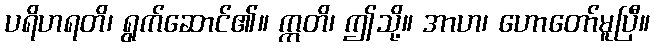
ပရိဟရတိ၊ ရွက်ဆောင်၏။ ဣတိ၊ ဤသို့။ အာဟ၊ ဟောတော်မူပြီ။